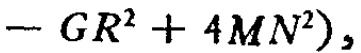
$-GR^{2}+4MN^{2})$